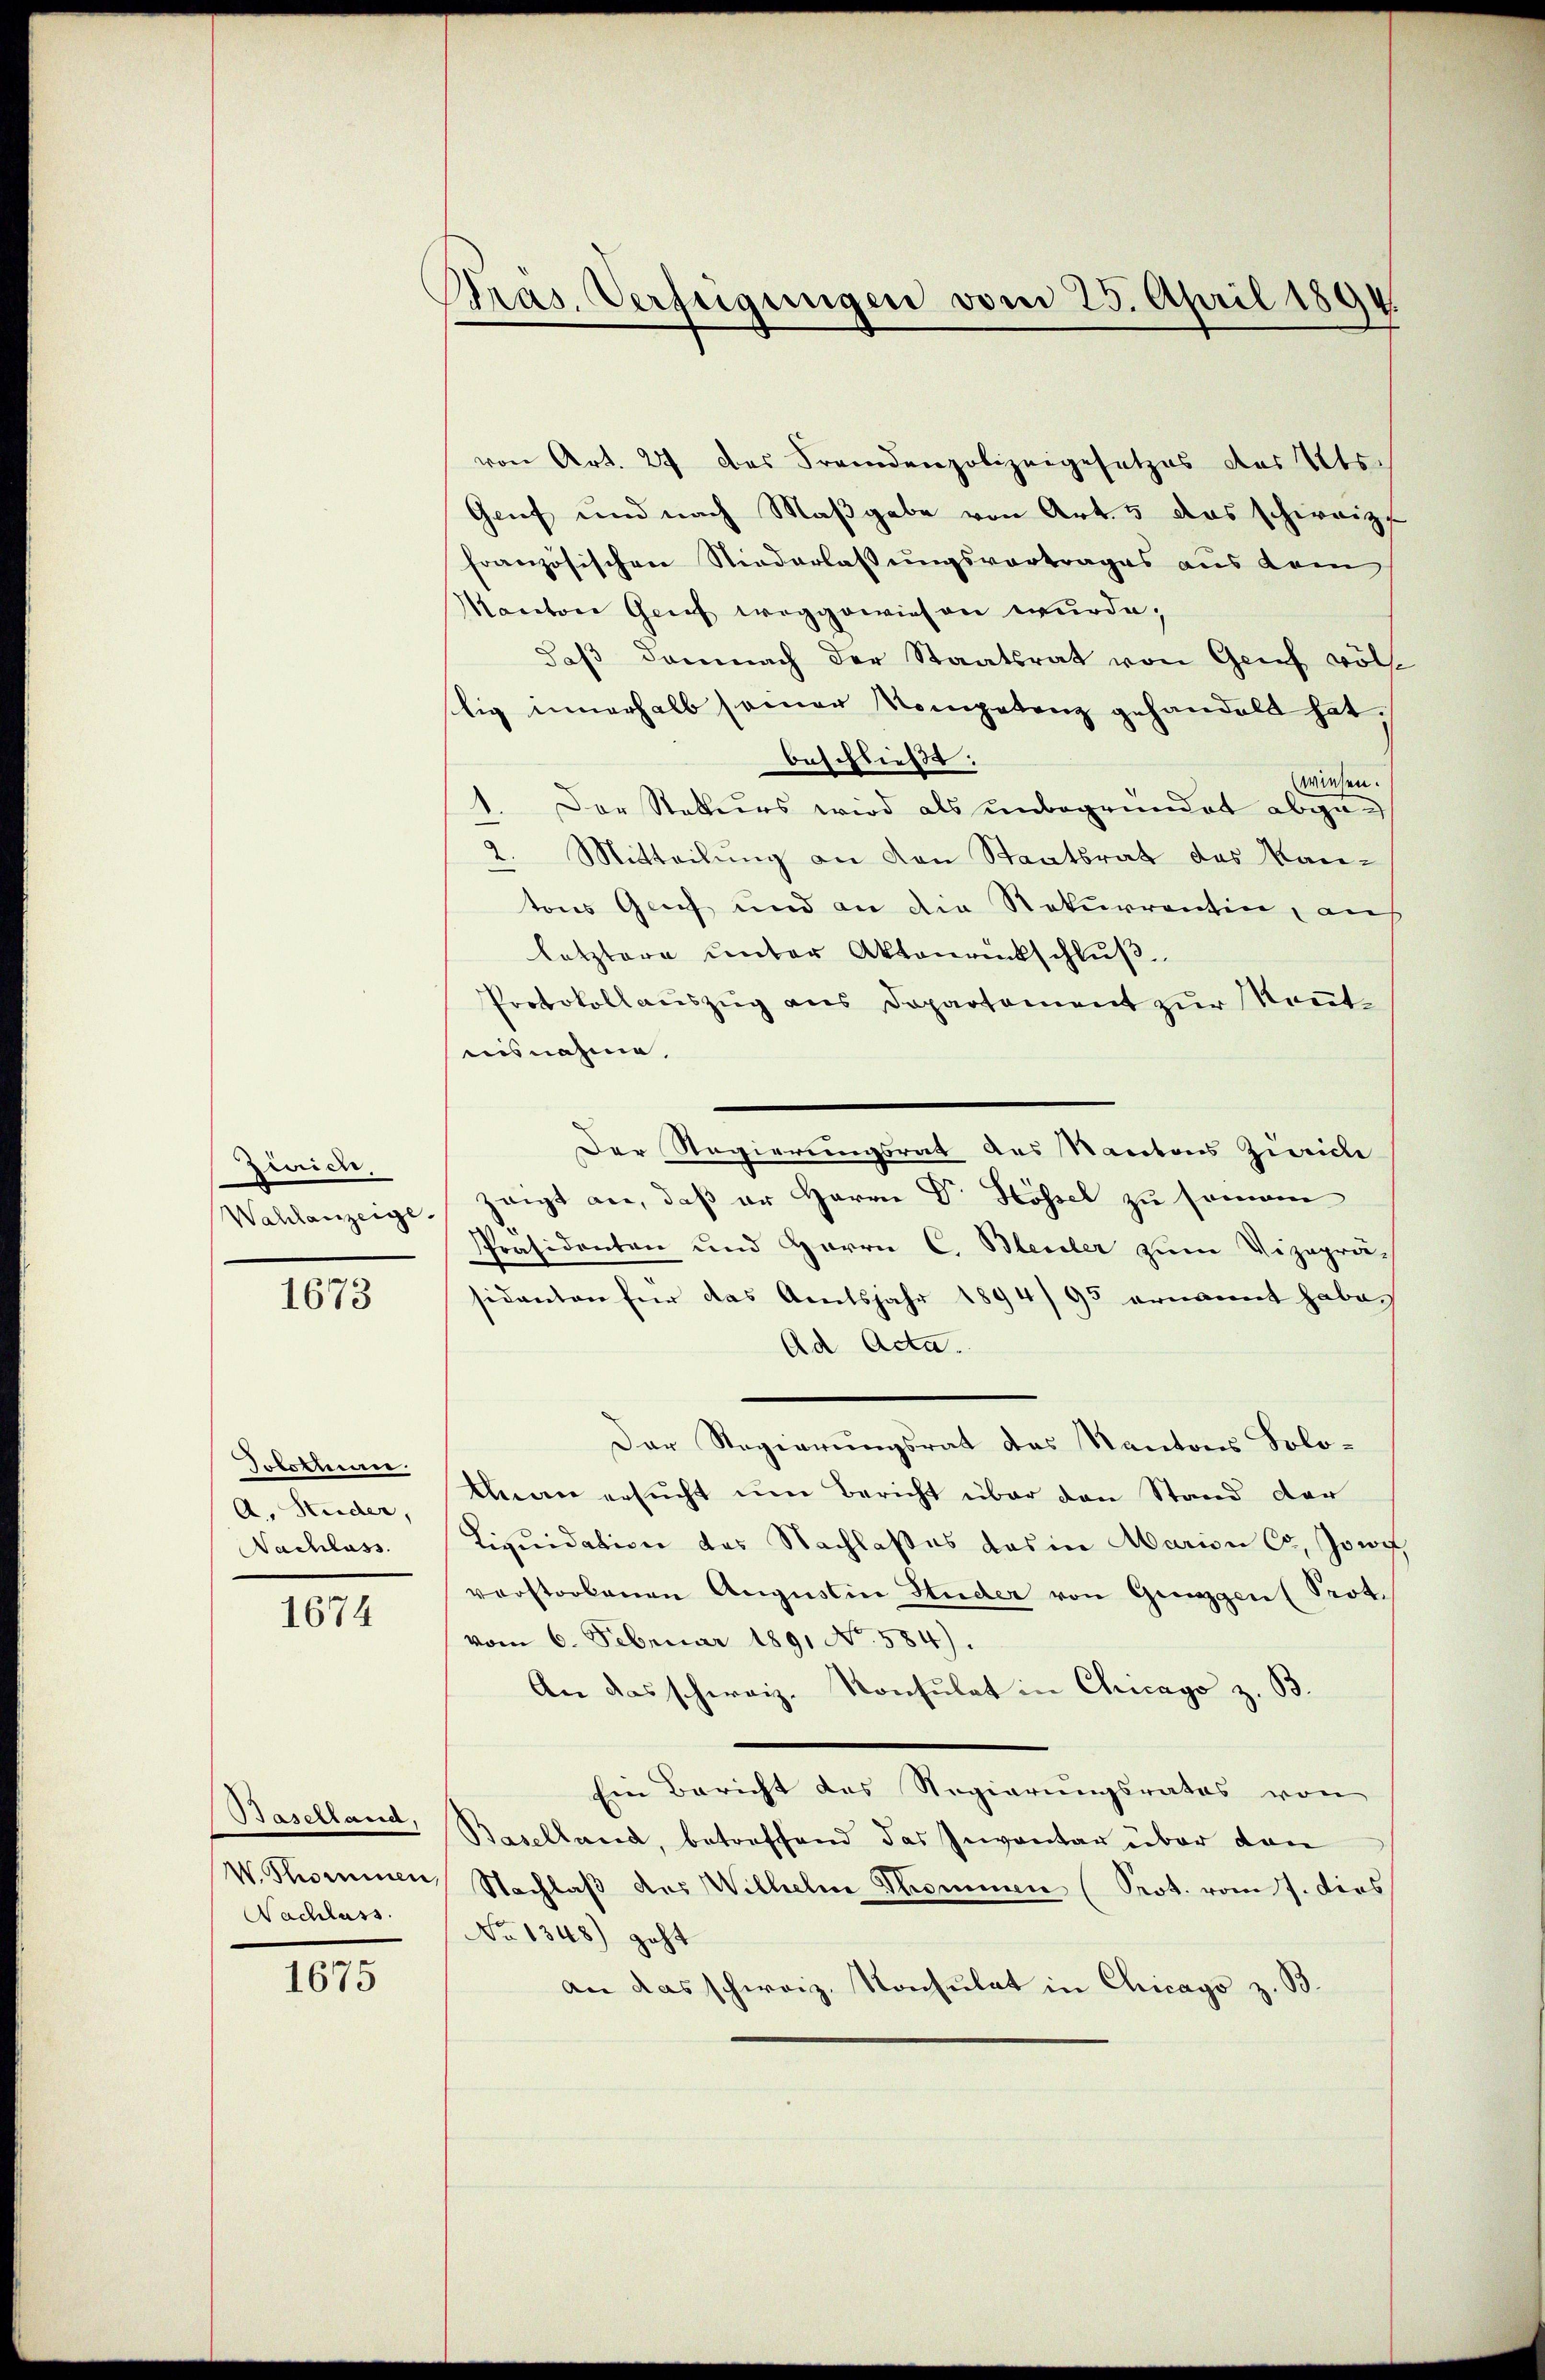
Zinrich,
Wahlanzeige.

1673

Tolothum.
A. Studer,
Nachlass.

1674

Baselland,
Nachlass.

1675

Pras. Verfügungen vom 23. April 1894

von Art. 24 das Fremdenpolizeigesetzes des Kts.
Genf und nach Maβgabe von Art. 5 das schweize
französischen Niederlassungsvortrages aus dem
Manton Grief weggewiesen wurde,
daβ demnach der Staatsrat von Genf völ-
stig innerhalb seiner Kompetenz gehandelt hat.
beschließt:
wiesen.
Der Stetters wird als unbegründet abge¬
2. Mitteilung an von Staatsrat das Kan-
tons Genf und an die Rekurrentin, auf
letztere unter Aktenrückschluß
Protokollauszug aus Departement zur Kenntisnahme,
Der Regierungsrat des Kantons Zürich
zeigt an, daß er Herrn Dr. Hössel zu semann
Präsidenten und Herrn C. Bleuler zum Vizepräsidanten für das Amtsjahr 1894/95 ernannt habe,
Ad Acta.
Der Regierungsrat des Kantons Solo¬
Man ersucht um Bericht über den Stand der
Liquidation des Nachlaßes das in Marien Co. Jowif
verstorbenen Augustin Huder von Gunzgen (Prot.
vom 6. Februar 1891 No. 584).
An das schweiz. Konsulat in Chicago z. B.
Ein Bericht das Regierungsrates von
Baselland, betreffend das Inventar über den
W. Thommen, Nachlaβ des Wilhelm Thommen (Prot. vom 7. dies
No 1348) geht
an das schweiz. Konsulat in Chicago z. B